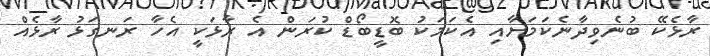
ރާޅެކޭ ބުނެވިދާނެކަމަށާއި އެކަމަކު ބޮޑީބޯޑް ކުރަން އެ ރާޅަކީ އެހާ ރަނގަޅު ރާޅެއް